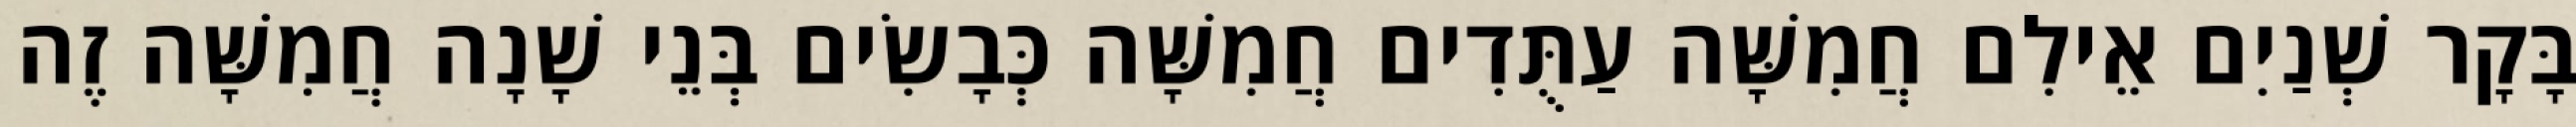
בָּקָר שְׁנַיִם אֵילִם חֲמִשָּׁה עַתֻּדִים חֲמִשָּׁה כְּבָשִׂים בְּנֵי שָׁנָה חֲמִשָּׁה זֶה